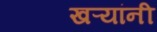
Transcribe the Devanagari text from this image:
खऱ्यांनी